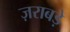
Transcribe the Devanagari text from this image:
ज़राबड़े